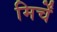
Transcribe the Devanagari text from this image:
मिर्चें